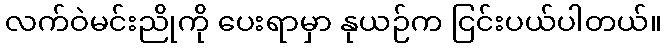
လက်ဝဲမင်းညိုကို ပေးရာမှာ နုယဉ်က ငြင်းပယ်ပါတယ်။